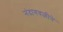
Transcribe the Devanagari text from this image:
नंदागवळीने